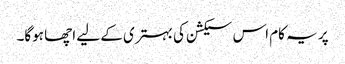
پر یہ کام اس سیکشن کی بہتری کے لیے اچھا ہوگا۔